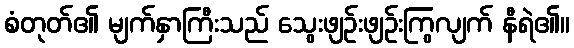
စံတုတ်၏ မျက်နှာကြီးသည် သွေးဖျဉ်းဖျဉ်းကြွလျက် နီရဲ၏။